Annual report of the Punjab Veterinary College and of the Civil Veterinary Department, Punjab - 1920-1925
Year: 1920
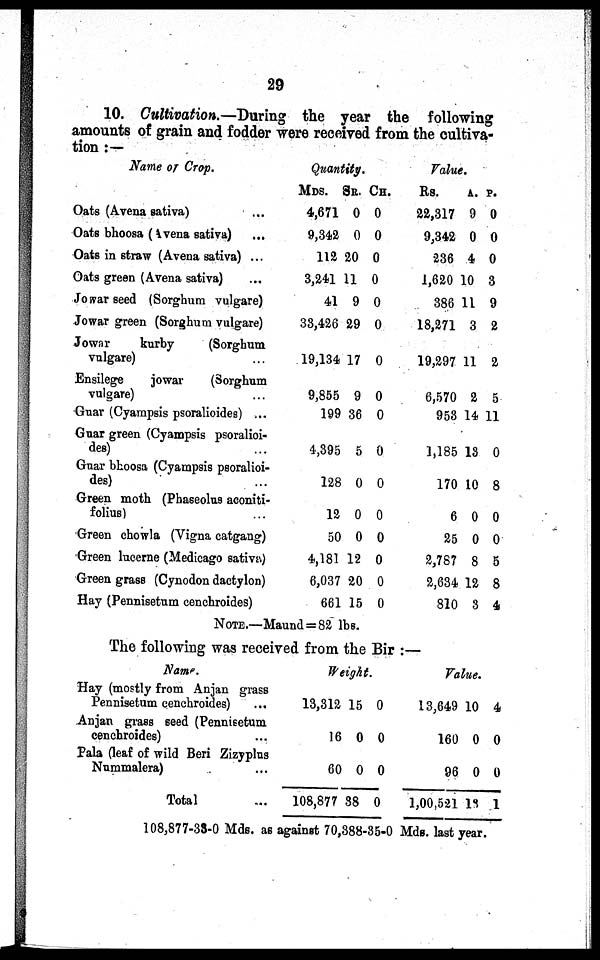
29
10. Cultivation.—During the year the following
amounts of grain and fodder were received from the cultiva-
tion:—
Name or Crop.
Oats (Avena sativa) ...
Oats bhoosa (Avena sativa) ...
Oats in straw (Avena sativa) ...
Oats green (Avena sativa) ...
Jowar seed (Sorghum vulgare)
Jowar green (Sorghum vulgare)
Jowar
kurby
(Sorghum
vulgare) ...
Ensilege
jowar
(Sorghum
vulgare) ...
Guar (Cyampsis psoralioides) ...
Guar green (Cyampsis psoralioi-
des) ...
Guar bhoosa (Cyampsis psoralioi-
des) ...
Green moth (Phaseolus aconiti-
folius) ...
Green chowla (Vigna catgang)
Green lucerne (Medicago sativa)
Green grass (Cynodon dactylon)
Hay (Pennisetum cenchroides)
Quantity.
MDS. SR. CH.
4,671 0 0
9,342 0 0
112 20 0
3,241 11 0
41 9 0
33,426 29 0
19,134 17 0
9,855 9 0
199 36 0
4,395 5 0
128 0 0
12 0 0
50 0 0
4,181 12 0
6,037 20 0
661 15 0
NOTE.—Maund = 82 lbs.
Value.
Rs.
A. P.
22,317 9 0
9,342 0 0
236 4 0
1,620 10 3
386 11 9
18,271 3 2
19,297 11 2
6,570 2 5
953 14 11
1,185 13 0
170 10 8
6 0 0
25 0 0
2,787 8 5
2,634 12 8
810 3 4
The following was received from the Bir:—
Name.
Hay (mostly from Anjan grass
Pennisetum cenchroides) ...
Anjan grass seed (Pennisetum
cenchroides) ...
Pala (leaf of wild Beri Zizyplus
Nummalera) ...
Total ...
Weight.
13,312 15 0
16 0 0
60 0 0
108,877 38 0
Value.
13,649 10 4
160 0 0
96 0 0
1,00,521 18 1
108,877-33-0 Mds. as against 70,388-35-0 Mds. last year.